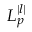
L _ { p } ^ { | l | }